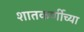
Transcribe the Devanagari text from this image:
शातकर्णीच्या